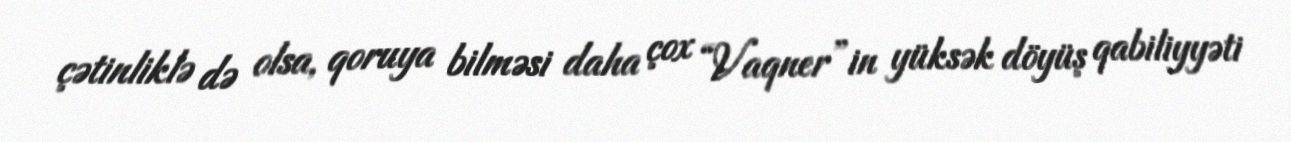
çətinliklə də olsa, qoruya bilməsi daha çox “Vaqner”in yüksək döyüş qabiliyyəti